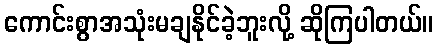
ကောင်းစွာအသုံးမချနိုင်ခဲ့ဘူးလို့ ဆိုကြပါတယ်။